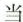
当